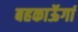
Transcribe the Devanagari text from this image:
बहकाऊॅगां